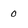
Character: 0